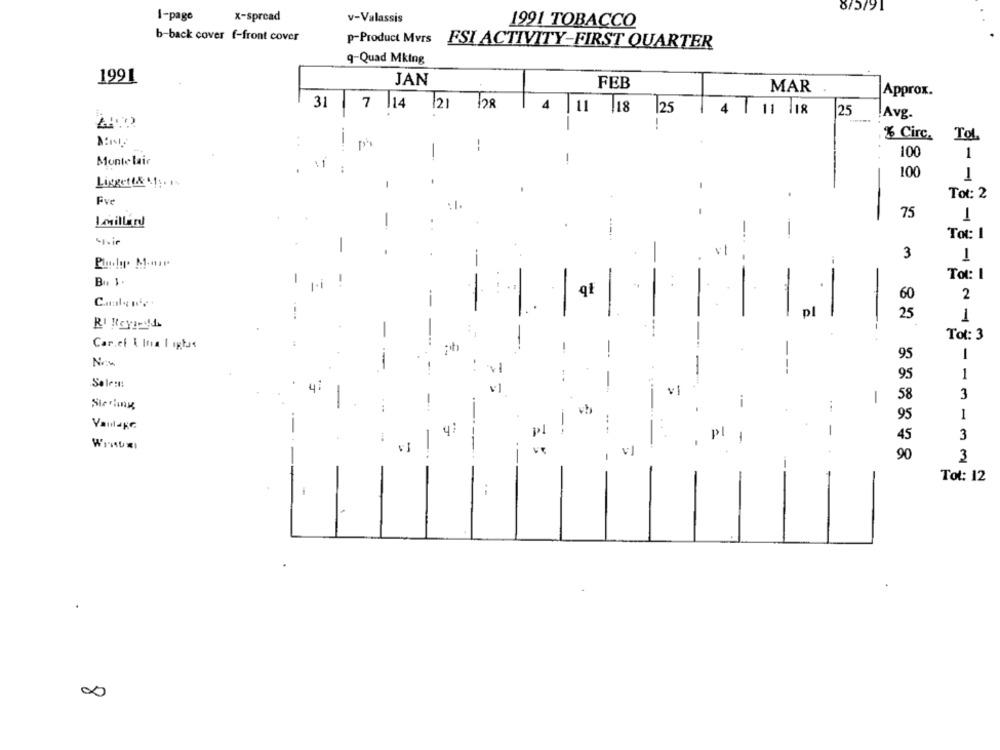
8/5/91
x-spread
1-page
v-Valassis
1991 TOBACCO
b-back cover f-front cover
p-Product Mvrs
ESI ACTIVITY-FIRST QUARTER
q-Quad Mking
1991
JAN
FEB
MAR
Approx.
31 7 14 21 98
4 |11 |18
125
4
11 118
25
Avg.
--
% Circ.
Tol
--
-
100
1
Monte lair
: 1
!
100
.
1
Liggett&41 ;. 1-
-
-
Tot: 2
Fve
: 1.
75
-
Lasillard
-
Tot:I
-
3
1
Tot: I
-
.
60
2
pl
25
1
Tot: 3
Car.ci & lua I ıplus
95
1
11
-
1
Solem:
95
vi
58
3
1
95
1
4:
-
3
pl
45
1
90
3
Tot: 12
--
00